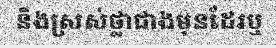
និងស្រស់ថ្លាជាងមុនដែរឬ